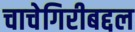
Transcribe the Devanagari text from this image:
चाचेगिरीबद्दल